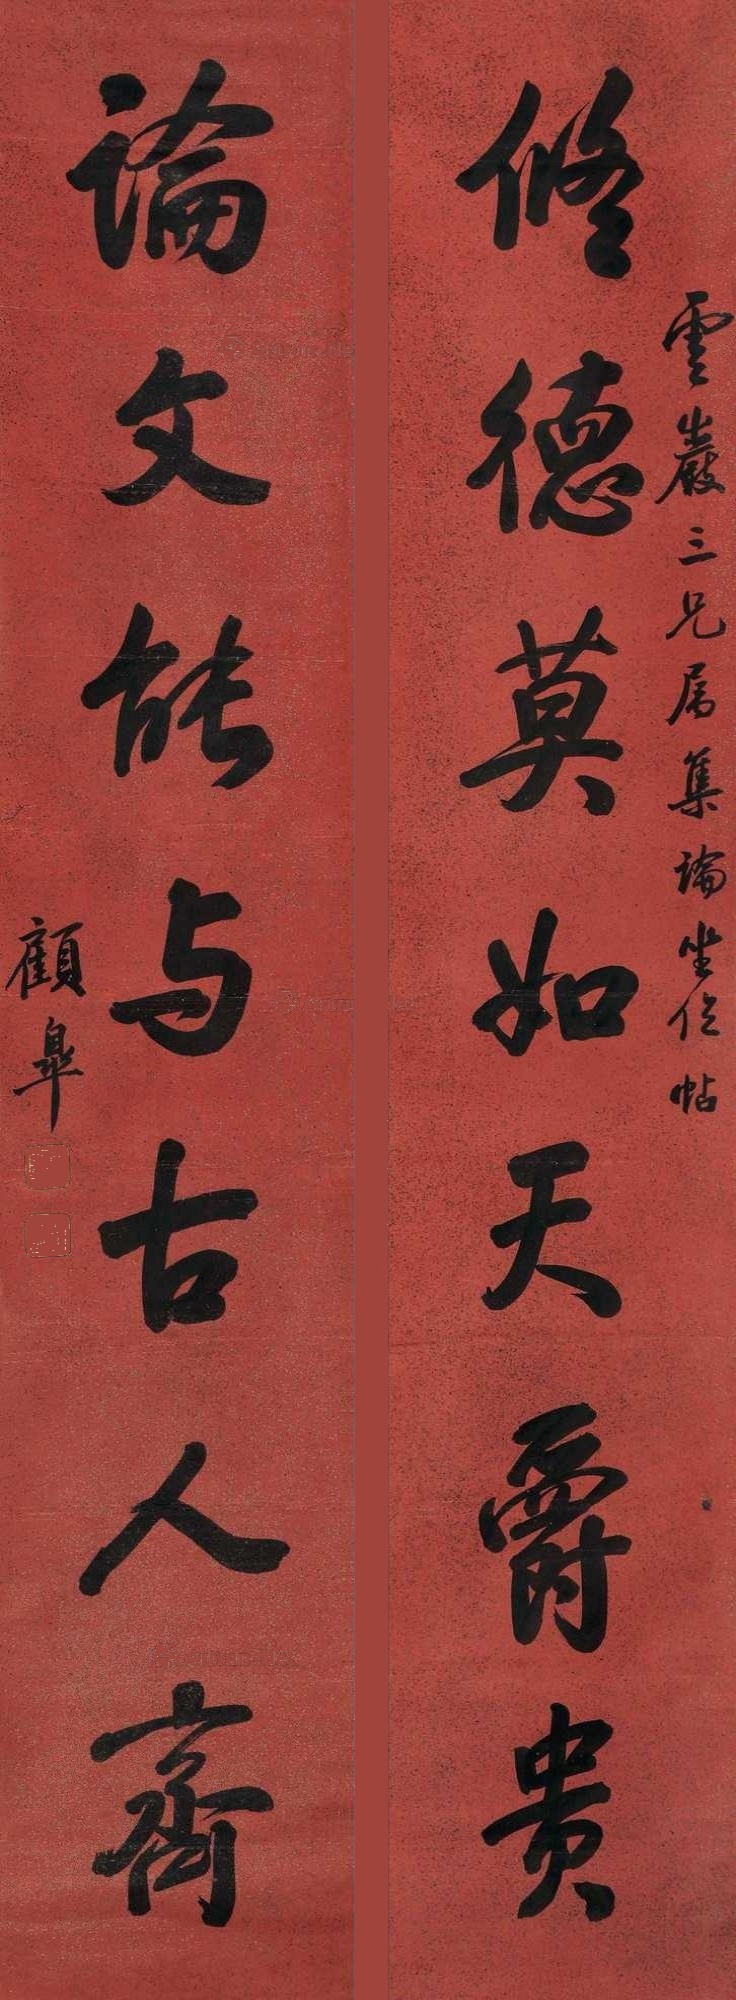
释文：修德莫如天爵贵，论文能与故人齐。云严三兄属集论坐位帖，顾皋。